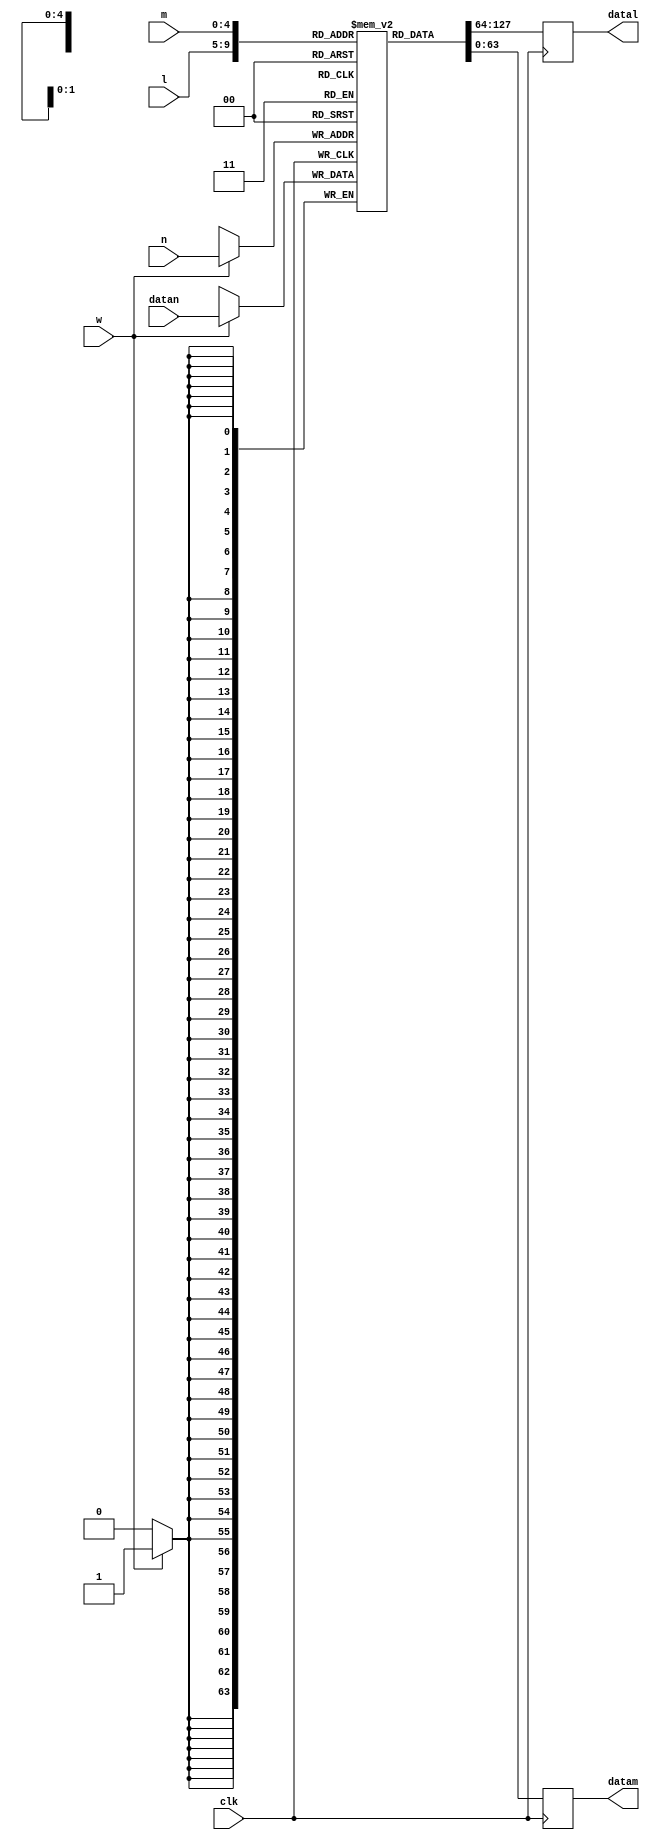
module regBank32x64(input [4:0] l ,input [4:0] m ,input [4:0] n ,input w ,output reg [63:0] datal ,output reg [63:0] datam ,input [63:0] datan ,input clk);
	reg [63:0] regbank [0:31];


	always @(posedge clk) begin
		datal = regbank[l];
		datam = regbank[m];

		if (w==1) regbank[n] = datan;
	end
endmodule